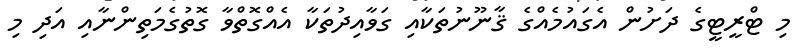
މި ޓްރީޓީގެ ދަށުން އެގައުމެއްގެ ޤާނޫނުތަކާއި ގަވާއިދުތަކާ އެއްގޮތްވާ ގޮތުގެމަތިންނާއި އަދި މި